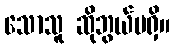
သောသူ ဆိုဘွယ်မရှိ။